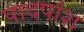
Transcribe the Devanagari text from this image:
पादपांश